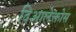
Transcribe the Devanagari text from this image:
दिआलेक्तोस